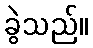
ခွဲသည်။